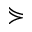
\curlyeqsucc